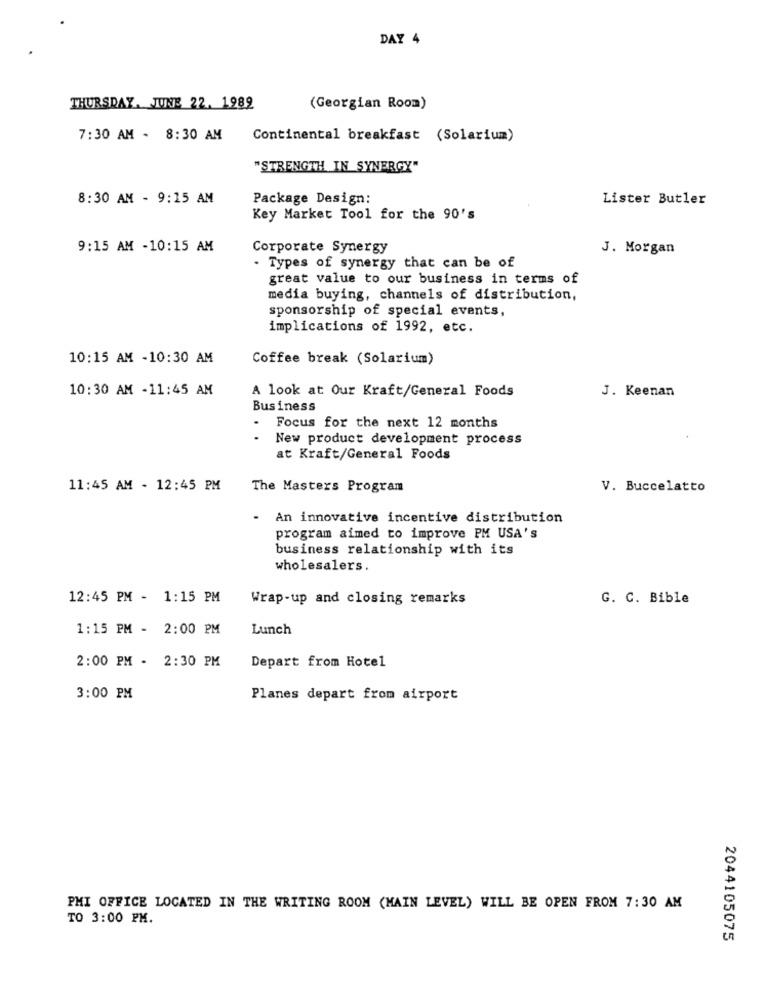
DAY 4
THURSDAY, JUNE 22. 1989
(Georgian Room)
7:30 AM - 8:30 AM
Continental breakfast (Solarium)
"STRENGTH IN SYNERGY"
8:30 AM - 9:15 AM
Package Design:
Lister Butler
Key Market Tool for the 90's
9:15 AM -10:15 AM
Corporate Synergy
J. Morgan
- Types of synergy that can be of
great value to our business in terms of
media buying, channels of distribution,
sponsorship of special events,
implications of 1992, etc.
10:15 AM -10:30 AM
Coffee break (Solarium)
10:30 AM -11:45 AM
A look at Our Kraft/General Foods
J. Keenan
Business
Focus for the next 12 months
New product development process
at Kraft/General Foods
11:45 AM - 12:45 PM
The Masters Program
V. Buccelatto
- An innovative incentive distribution
program aimed to improve PM USA's
business relationship with its
wholesalers.
12:45 PM - 1:15 PM
Wrap-up and closing remarks
G. C. Bible
1:15 PM - 2:00 PM
Lunch
2:00 PM - 2:30 PM
Depart from Hotel
3:00 PM
Planes depart from airport
PMI OFFICE LOCATED IN THE WRITING ROOM (MAIN LEVEL) WILL BE OPEN FROM 7:30 AM
TO 3:00 PM.
2044105075